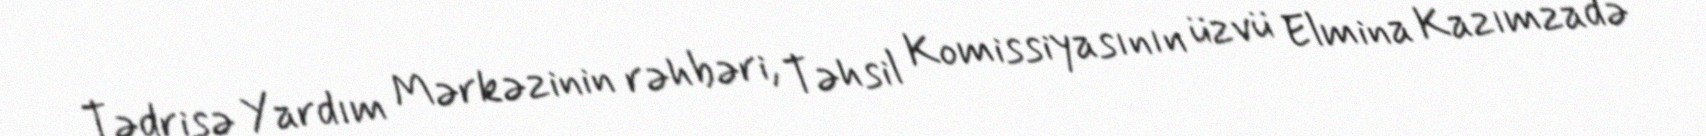
Tədrisə Yardım Mərkəzinin rəhbəri, Təhsil Komissiyasının üzvü Elmina Kazımzadə